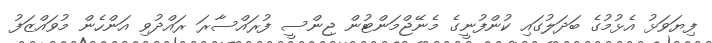
ފިޔަވަޅު އެޅުމުގެ ބަދަލުގައި ކުންފުނީގެ މެނޭޖްމަންޓުން ޖިންސީ ފުރައްސާރަ ރައްދުވި އަންހެން މުވައްޒަފު